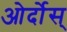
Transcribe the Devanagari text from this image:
ओर्दोस्